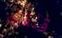
قلقك